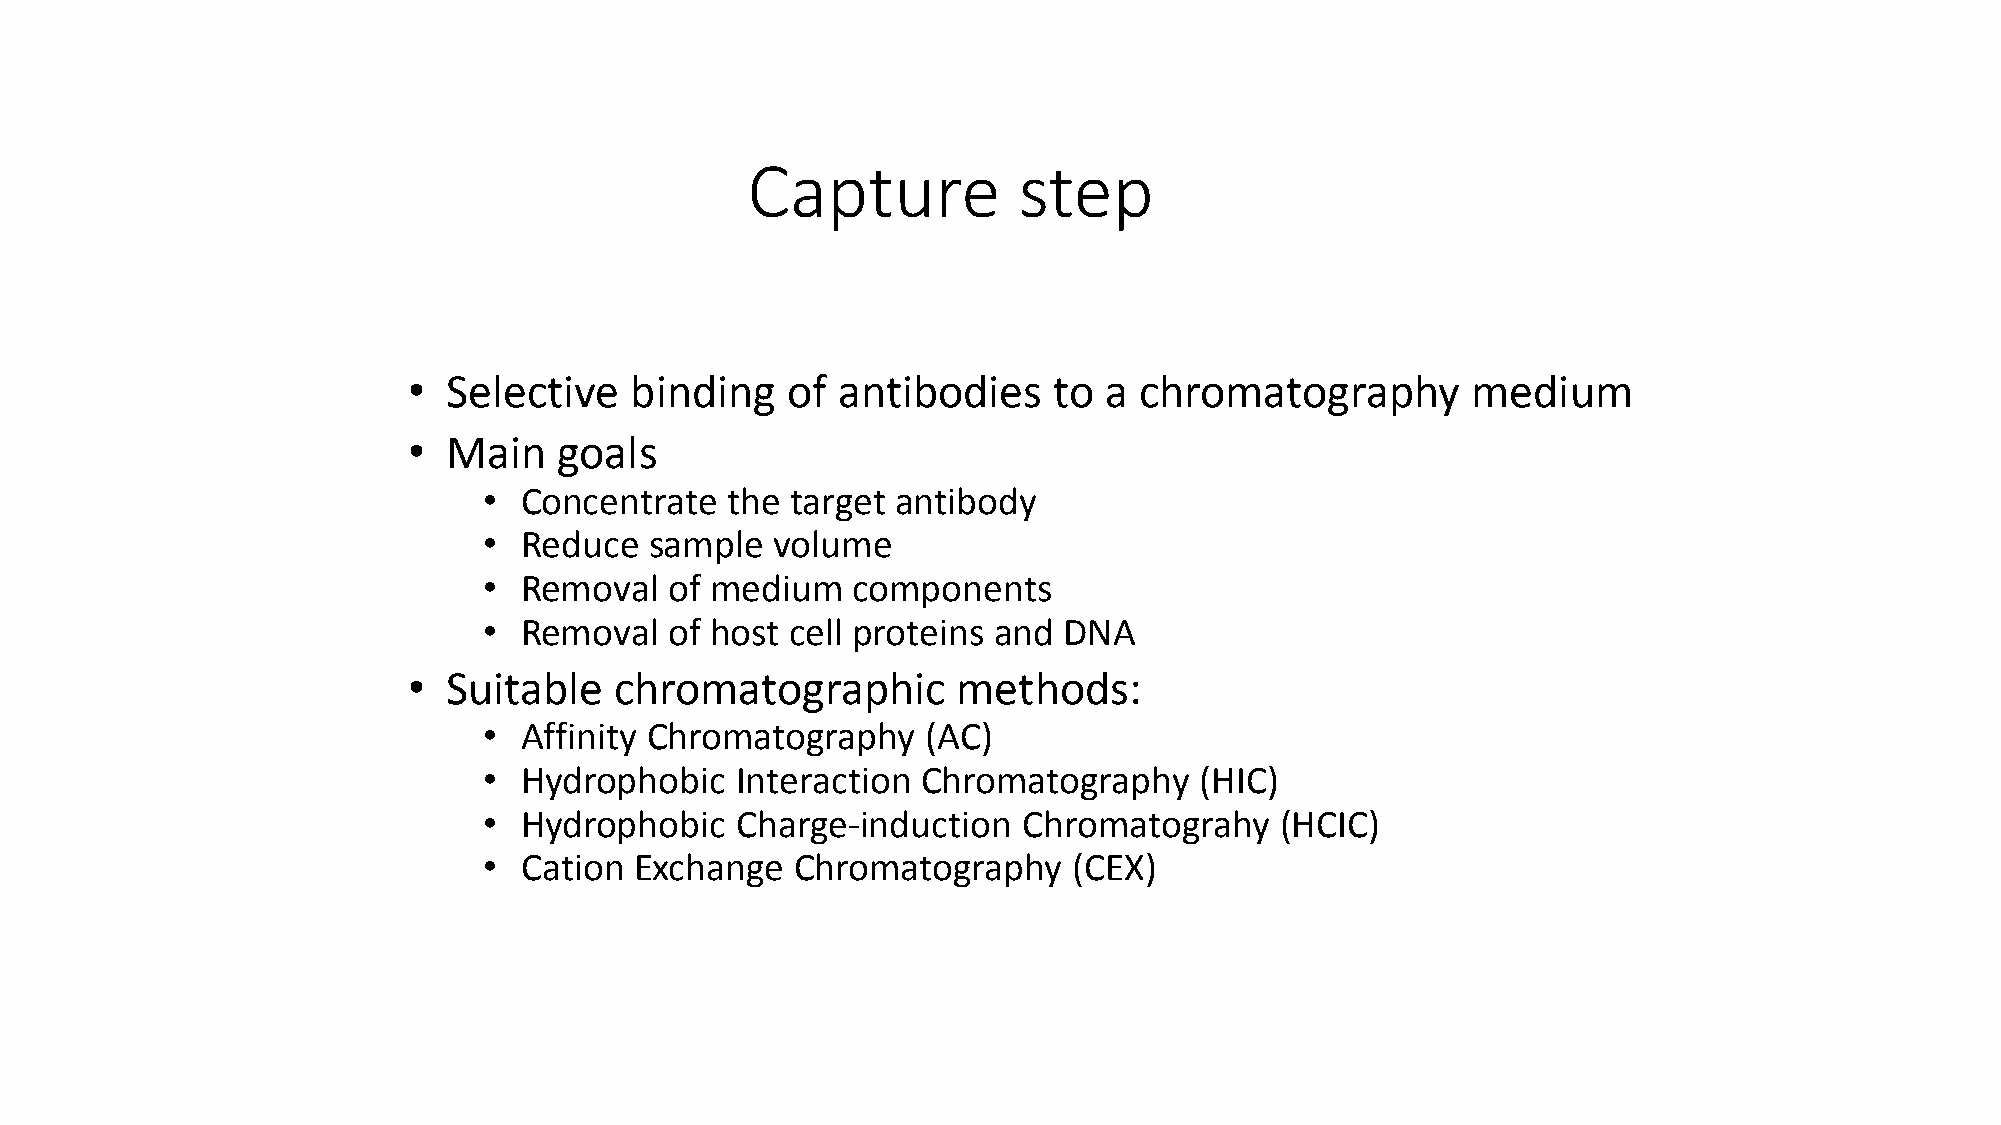
Capture           step
 •  Selective   binding   of antibodies     to a chromatography        medium
 •  Main   goals
 • Concentrate   the target antibody
 • Reduce   sample  volume
 • Removal   of medium   components
 • Removal   of host cell proteins and DNA
 •  Suitable   chromatographic       methods:
 • Affinity Chromatography    (AC)
 • Hydrophobic    Interaction Chromatography    (HIC)
 • Hydrophobic    Charge-induction   Chromatograhy    (HCIC)
 • Cation  Exchange   Chromatography    (CEX)